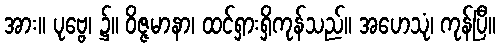
အား။ ပုဗ္ဗေ၊ ၌။ ဝိဇ္ဇမာနာ၊ ထင်ရှားရှိကုန်သည်။ အဟေသုံ၊ ကုန်ပြီ။